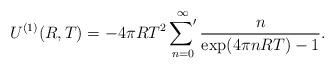
LaTeX: \begin{align*}U^{(1)}(R,T)=-4\pi R T^2\mathop{{\sum}'}\limits_{n=0}^{\infty}\frac{n}{\exp(4\pi n R T)-1}.\end{align*}